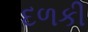
દળકી